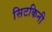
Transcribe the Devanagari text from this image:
सिटकिनी